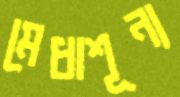
মেধাশূন্য